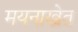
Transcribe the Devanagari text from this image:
मयनाखेत